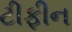
ટીફીન